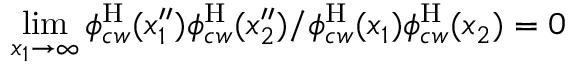
\operatorname* { l i m } _ { x _ { 1 } \to \infty } { \phi _ { c w } ^ { \mathrm { H } } ( x _ { 1 } ^ { \prime \prime } ) \phi _ { c w } ^ { \mathrm { H } } ( x _ { 2 } ^ { \prime \prime } ) } / { \phi _ { c w } ^ { \mathrm { H } } ( x _ { 1 } ) \phi _ { c w } ^ { \mathrm { H } } ( x _ { 2 } ) } = 0